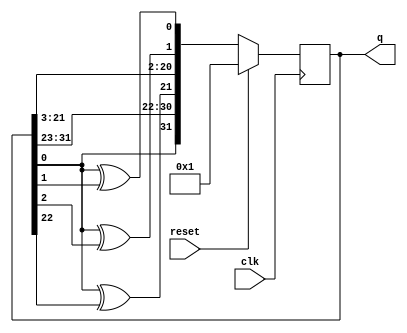
module top_module(
    input clk,
    input reset,    // Active-high synchronous reset to 32'h1
    output [31:0] q
); 

always @(posedge clk) begin
  if(reset) begin
    q = 32'h1;
  end else begin
    q = {q[0]^1'b0, q[31:23], q[0]^q[22], q[21:3], q[0]^q[2], q[0]^q[1]};
  end
end

// q[31]에 q[0]^1'b0가 들어가는 이유는 LFSR의 
// 32번째 비트를 갱신하기 위함 by chatgpt

endmodule